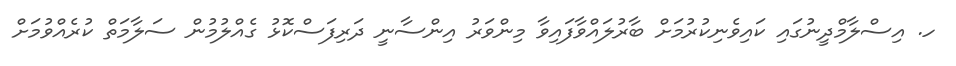
ހ. އިސްލާމްދީނުގައި ކައިވެނިކުރުމަށް ބާރުލައްވާފައިވާ މިންވަރު އިންސާނީ ދަރިފަސްކޮޅު ގެއްލުމުން ސަލާމަތް ކުރެއްވުމަށް